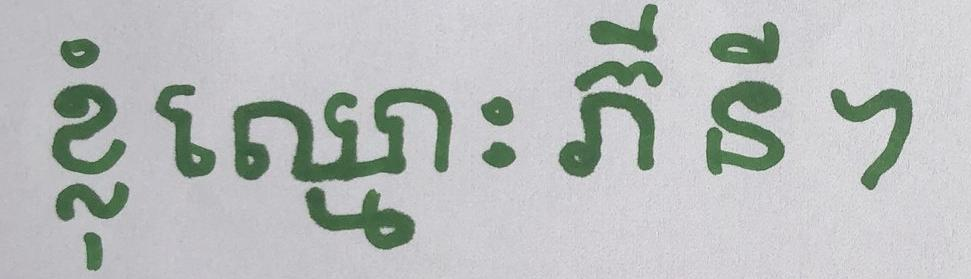
ខ្ញុំឈ្មោះ ភី នី ។